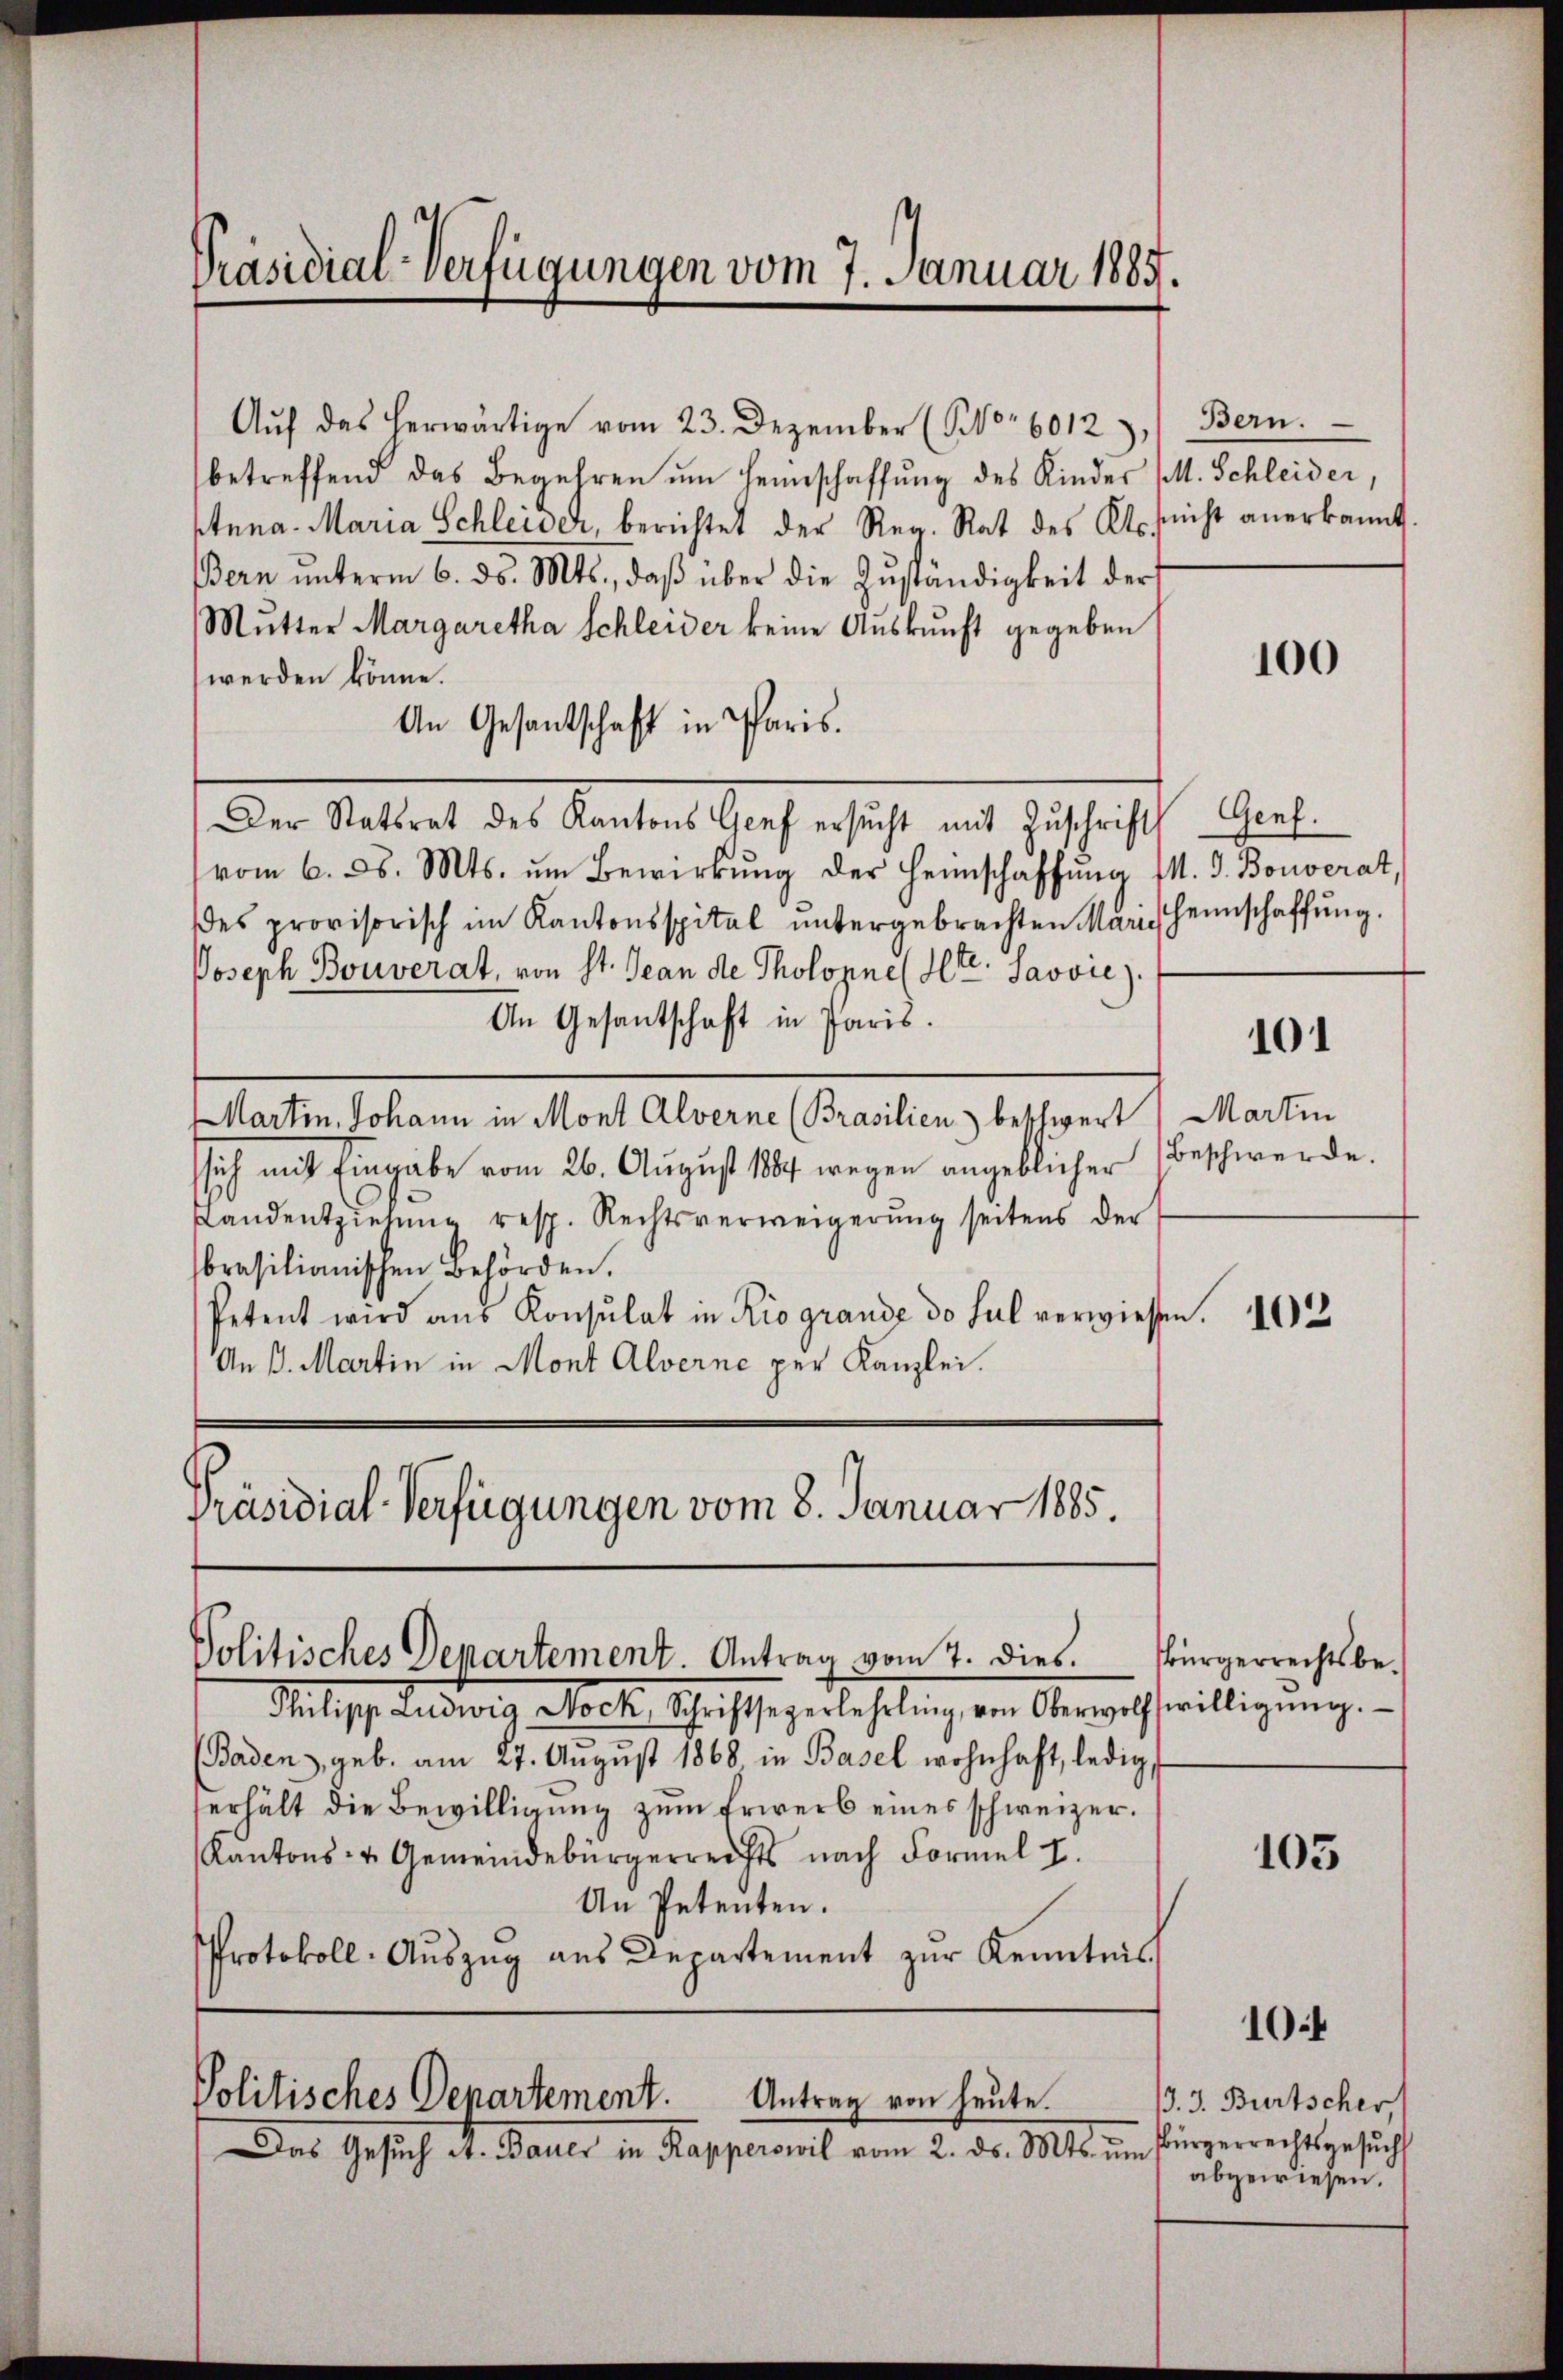
Präsidial-Verfügungen vom 7. Januar 1885.

Aŭf das herwärtige vom 23. Dezember (S. 6012),
betreffend das Begehren um Heimschaffung des Kinder (M. Schleider,
Stana Maria Schleider, berichtet der Reg. Rat des Kts. sicht anerkannt.
Bern unterm 6. ds. Mts., daß über die Zuständigkeit der
Mutter Margaretha Schleider keine Auskunft gegeben
werden könne.
An Gesantschaft in Paris.
Der Stattet des Kantons Sache sicht mit Zuschrift
vom 6. d. Mts. um Bewirkung der Heimschaffung (M. D. Bouverat,
es provisorisch im Kantonsspital untergebrachten Maris Heimschaffung.
Joseph Bouverat, von St. Jean de Thologne (Str. Savvie).
An Gesantschaft in Paris.
Martin Johann in Mont Alverne (Brasilien) beschwert Martin
sich mit Eingabe vom 26. August 1884 wegen angeblicher
Landentziehung resp. Rechtsverweigerung seitens der
brasilianischen Behörden.
Petent wird ans Konsulat in Rio grande do sul verwiesen.
An 3. Martin in Mont Alverne per Kanzlei.

Präsidial-Verfügungen vom 8. Januar 1885.

Politisches Departement Antrag vom 4. dies.

Pilipp Ludwig Mock. Schriftsagerbehrling von Oberwolswilligŭng.
(Baden, geb. am 27. August 1868 in Basel wohnhaft, ledig,
erhält die Bewilligung zum Erwerb eines schweizer.
Kantons- & Gemeindebürgerreichts nach Formel I.
An Petenten.
Protokoll- Auszug aus Departement zur Kenntnis

Politisches Departement. Antrag von heute.

Das Gesuch St. Bauer in Kapperowil vom 2. ds. Mts. um Bürgerrechtsgesucht

Bern.

100

Genf.

101

Beschwerde.

Bürgerrechtsbe¬

105

10.4

13. J. Bürtscher,
abgewiesen.